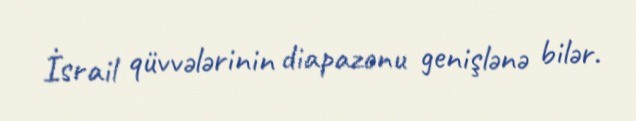
İsrail qüvvələrinin diapazonu genişlənə bilər.